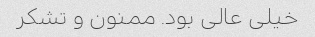
خیلی عالی بود. ممنون و تشکر